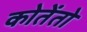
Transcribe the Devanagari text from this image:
कोतेंतो